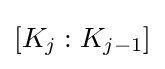
[K_{j}:K_{j-1}]